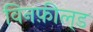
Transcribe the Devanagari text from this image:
विनफ़ील्‌ड